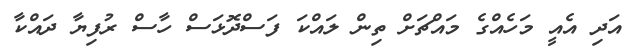
އަދި އެއީ މަހެއްގެ މައްޗަށް ތިން ލައްކަ ފަސްދޮޅަސް ހާސް ރުފިޔާ ދައްކާ